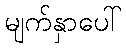
မျက်နှာပေါ်